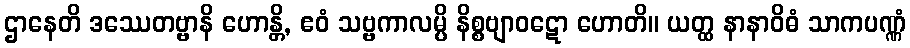
ဌာနေတိ ဒဿေတဗ္ဗာနိ ဟောန္တိ, ဧဝံ သဗ္ဗကာလမ္ပိ နိစ္စဗျာဝဋော ဟောတိ။ ယတ္ထ နာနာဝိဓံ သာကပဏ္ဏံ